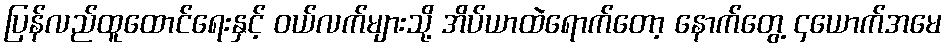
ပြန်လည်ထူထောင်ရေးနှင့် ဝယ်လက်များသို့ အိပ်ယာထဲရောက်တော့ နောက်တွေ့ ၄ယောက်အမေ